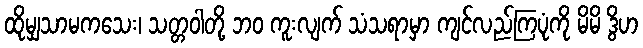
ထိုမျှသာမကသေး၊ သတ္တဝါတို့ ဘဝ ကူးလျက် သံသရာမှာ ကျင်လည်ကြပုံကို မိမိ ဒွိဟ